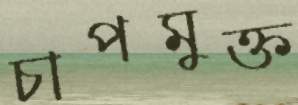
চাপমুক্ত